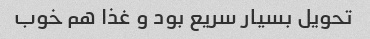
تحویل بسیار سریع بود و غذا هم خوب